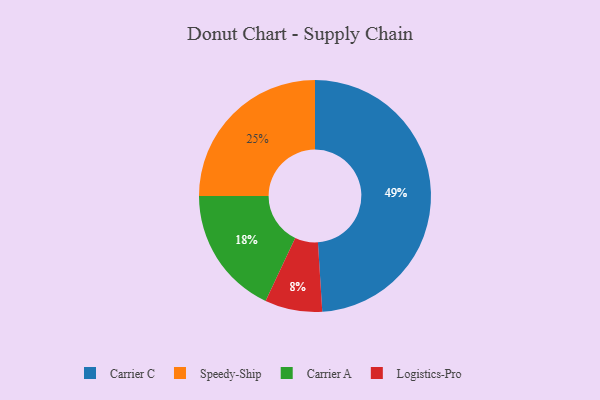
{"axis": {"x": "Category", "y": "Percentage"}, "legend": ["Carrier A", "Carrier C", "Logistics-Pro", "Speedy-Ship"], "data": [{"x": "Carrier C", "y": 49, "type": "Carrier C"}, {"x": "Logistics-Pro", "y": 8, "type": "Logistics-Pro"}, {"x": "Speedy-Ship", "y": 25, "type": "Speedy-Ship"}, {"x": "Carrier A", "y": 18, "type": "Carrier A"}]}